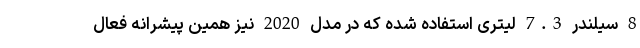
8 سیلندر 7.3 لیتری استفاده شده که در مدل 2020 نیز همین پیشرانه فعال